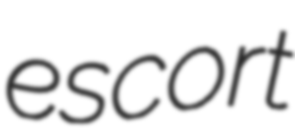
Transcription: escort